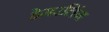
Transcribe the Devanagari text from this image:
हेमरलिंग